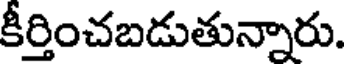
కీర్తించబడుతున్నారు.